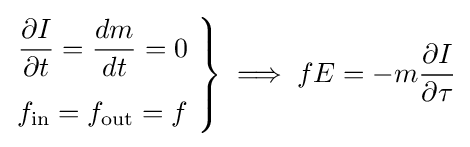
\left.{\begin{aligned}{\frac {\partial I}{\partial t}}={\frac {dm}{dt}}=0&\\[4pt]f_{\text{in}}=f_{\text{out}}=f&\end{aligned}}\ \right\}\implies fE=-m{\frac {\partial I}{\partial \tau }}